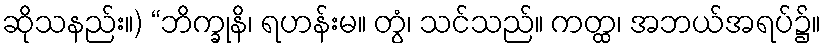
ဆိုသနည်း။) “ဘိက္ခုနိ၊ ရဟန်းမ။ တွံ၊ သင်သည်။ ကတ္ထ၊ အဘယ်အရပ်၌။